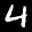
Digit: 4